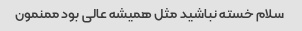
سلام خسته نباشید مثل همیشه عالی بود ممنمون